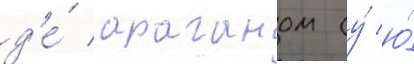
д'е́ араганом (у́ ю́